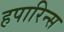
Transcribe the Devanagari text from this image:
हपारिन्स